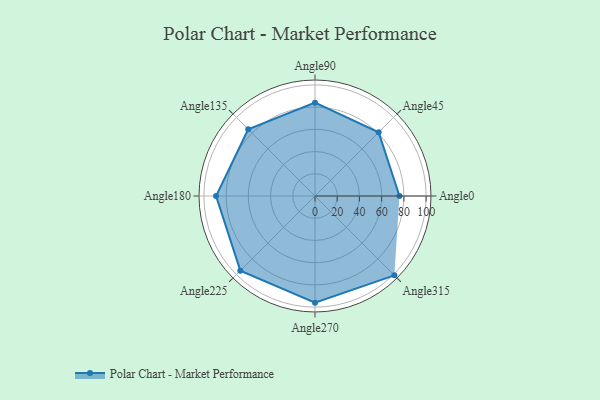
{"axis": {"x": "Angle", "y": "Radius"}, "legend": [""], "data": [{"x": "Angle0", "y": 76.0, "type": ""}, {"x": "Angle45", "y": 81.0, "type": ""}, {"x": "Angle90", "y": 84.0, "type": ""}, {"x": "Angle135", "y": 85.0, "type": ""}, {"x": "Angle180", "y": 89.0, "type": ""}, {"x": "Angle225", "y": 95.0, "type": ""}, {"x": "Angle270", "y": 96.0, "type": ""}, {"x": "Angle315", "y": 101.0, "type": ""}]}